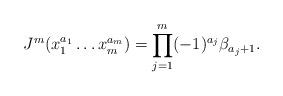
LaTeX: \begin{align*}J^m(x_1^{a_1}\dots x_m^{a_m})= \prod_{j=1}^m (-1)^{a_j}\beta_{a_j+1}.\end{align*}